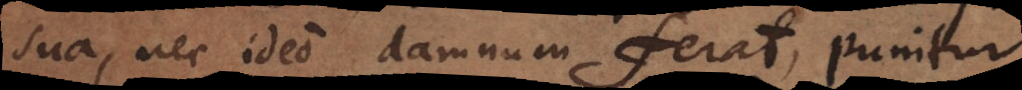
sua, nec ideo damnum ferat, punitur